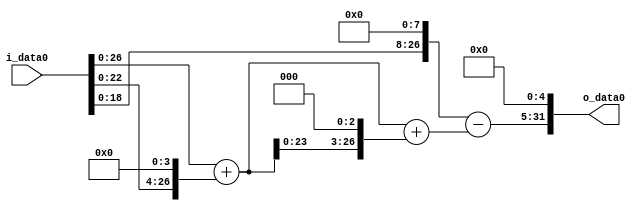
module multiplier_block (
    i_data0,
    o_data0
);

  // Port mode declarations:
  input   [31:0] i_data0;
  output  [31:0]
    o_data0;

  //Multipliers:

  wire [31:0]
    w1,
    w16,
    w17,
    w136,
    w153,
    w256,
    w103,
    w3296;

  assign w1 = i_data0;
  assign w103 = w256 - w153;
  assign w136 = w17 << 3;
  assign w153 = w17 + w136;
  assign w16 = w1 << 4;
  assign w17 = w1 + w16;
  assign w256 = w1 << 8;
  assign w3296 = w103 << 5;

  assign o_data0 = w3296;

  //multiplier_block area estimate = 4407.48003918382;
endmodule